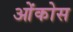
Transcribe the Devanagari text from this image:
ओंकोस